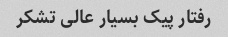
رفتار پیک بسیار عالی تشکر